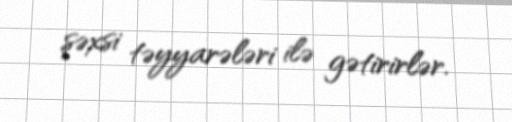
şəxsi təyyarələri ilə gətirirlər.